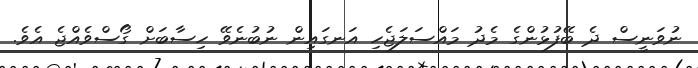
ނުވަނީސް ދެ ބޭފުޅުންގެ މެދު މައްސަލަޖެހި އަނގައިން ނުބުނެވޭ ހިސާބަށް ގޯސްވެއްޖެ އެވެ.